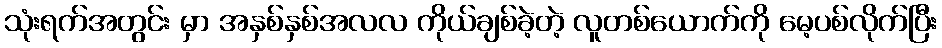
သုံးရက်အတွင်း မှာ အနှစ်နှစ်အလလ ကိုယ်ချစ်ခဲ့တဲ့ လူတစ်ယောက်ကို မေ့ပစ်လိုက်ပြီး